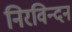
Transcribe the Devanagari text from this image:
निरविन्दन